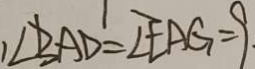
\angle B A D = \angle E A G = 9